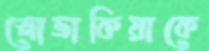
স্লোভাকিয়াকে